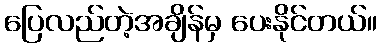
ပြေလည်တဲ့အချိန်မှ ပေးနိုင်တယ်။